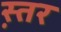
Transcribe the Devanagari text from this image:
स्त़र